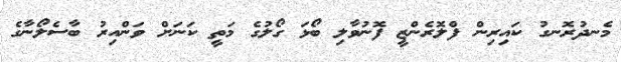
މެނދުރޮނގު ކައިރިން ފްލޮރެންޒީ ފޮނުވާލި ބޯޅަ ގޯލުގެ މަތީ ކަަނަށް ވަންއިރު ބާސެލޯނާގެ